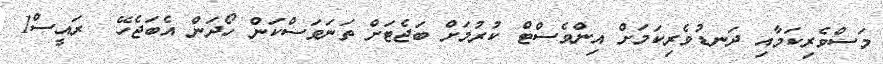
މަސްވެރިކަމާއި ދަނޑުވެރިކަމަށް އިންވެސްޓް ކުރުމަށް ބަޖެޓަށް ތަނަވަސްކަން ހޯދަން އެބަޖެހޭ  ރައީސް1